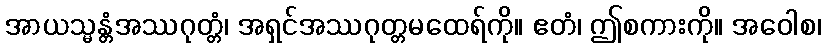
အာယသ္မန္တံအဿဂုတ္တံ၊ အရှင်အဿဂုတ္တမထေရ်ကို။ ဧတံ၊ ဤစကားကို။ အဝေါစ၊